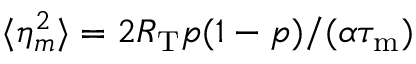
\langle \eta _ { m } ^ { 2 } \rangle = 2 R _ { \mathrm { T } } p ( 1 - p ) / ( \alpha { \tau _ { \mathrm { m } } } )